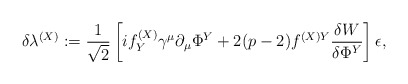
\begin{align*}\delta \lambda^{(X)}:=\frac1{\sqrt{2}}\left[i f^{(X)}_Y \gamma^\mu \partial_\mu\Phi^Y+2(p-2)f^{(X)Y}\frac{\delta W}{\delta \Phi^Y} \right]\epsilon,\end{align*}